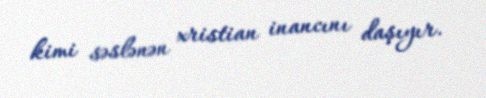
kimi səslənən xristian inancını daşıyır.